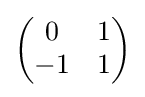
{\begin{pmatrix}0&1\\-1&1\end{pmatrix}}